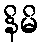
နိမိ